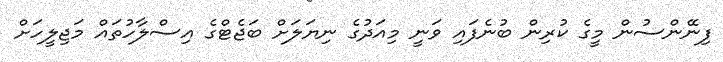
ފިނޭންސުން މީގެ ކުރިން ބުނެފައި ވަނީ މިއަދުގެ ނިޔަލަށް ބަޖެޓްގެ އިސްލާހުތައް މަޖިލީހަށް